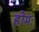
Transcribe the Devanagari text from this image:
होमः